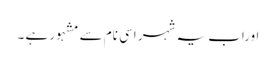
اوراب یہ شہر اسی نام سے مشہور ہے ۔